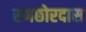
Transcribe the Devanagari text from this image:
रणछोरदास